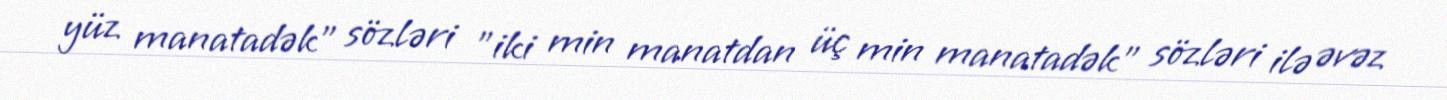
yüz manatadək" sözləri "iki min manatdan üç min manatadək" sözləri ilə əvəz